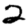
Digit: 2